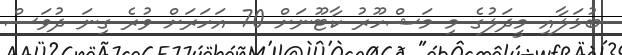
ބުޅަލާއި މީދަލުގެ މި މަޝްހޫރު ކާޓޫނަށް 70 އަހަރަށް ވުރެ ގިނަ ދުވަސް